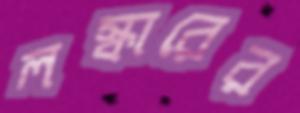
লস্কারের